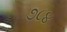
૭૮૪